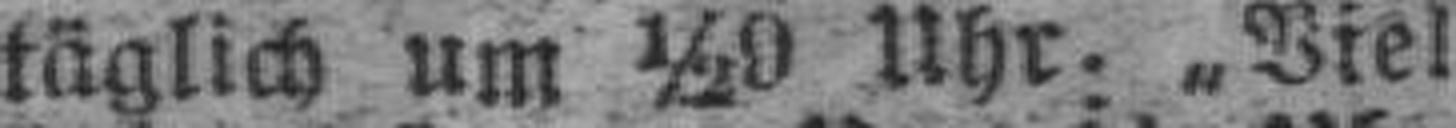
täglich um ½9 Uhr. Viel¬